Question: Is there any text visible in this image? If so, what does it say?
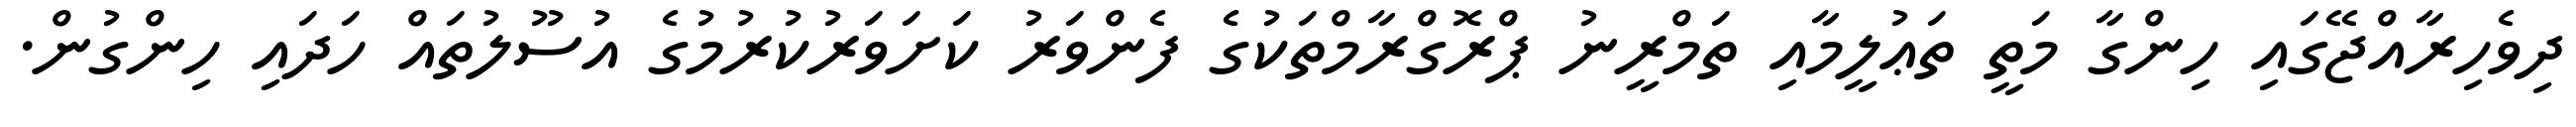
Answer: ދިވެހިރާއްޖޭގައި ހިންގާ މަތީ ތަޢުލީމާއި ތަމްރީނު ޕްރޮގްރާމްތަކުގެ ފެންވަރު ކަށަވަރުކުރުމުގެ އުސޫލުތައް ހަދައި ހިންގުން.